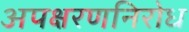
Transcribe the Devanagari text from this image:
अपक्षरणनिरोध